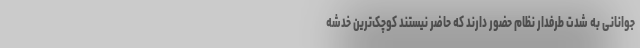
جوانانی به شدت طرفدار نظام حضور دارند که حاضر نیستند کوچک‌ترین خدشه